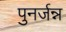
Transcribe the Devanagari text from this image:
पुनर्जन्न